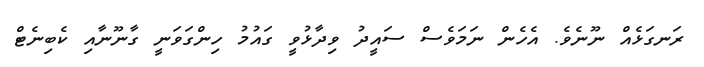
ރަނގަޅެއް ނޫނެވެ. އެހެން ނަމަވެސް ސައީދު ވިދާޅުވީ ގައުމު ހިންގަވަނީ ގާނޫނާއި ކެބިނެޓް